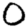
Digit: 0